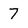
Character: 7